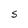
Character: S